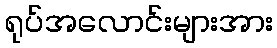
ရုပ်အလောင်းများအား